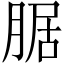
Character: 腒